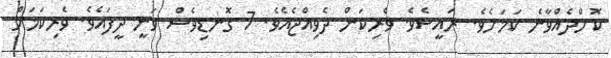
ކޮށްދެއްވާނެ ކަމަށެވެ. ރައީސެވެ. ވެރިކަން ދެވިއްޖެއެވެ. 7 ގޮނޑިވެސް ވަނީ ދީފައެވެ. ވެރިކަމަށް